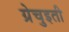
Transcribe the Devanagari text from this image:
ग्रेचुइती